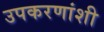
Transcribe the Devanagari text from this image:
उपकरणांशी